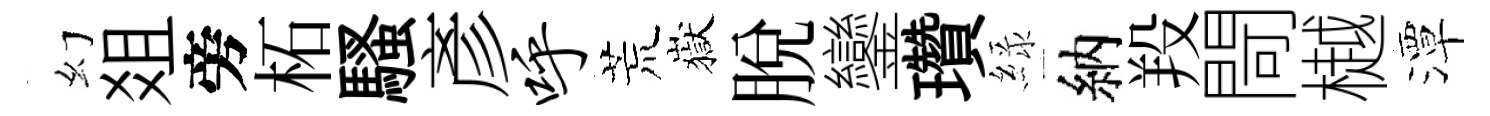
幻爼旁柘騷彥呼荒嶽脱鑾瓚緑納羖閜樾潭